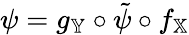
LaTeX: \psi=g_{\mathbb{Y}}\circ\tilde{\psi}\circ f_{\mathbb{X}}